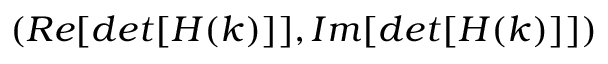
( R e [ d e t [ H ( k ) ] ] , I m [ d e t [ H ( k ) ] ] )